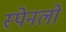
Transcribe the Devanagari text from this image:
स्पेनलो